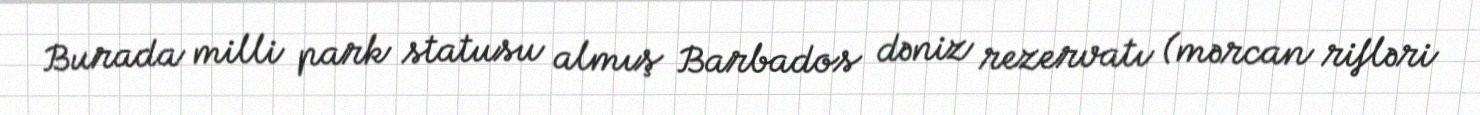
Burada milli park statusu almış Barbados dəniz rezervatı (mərcan rifləri